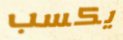
يكسب